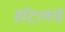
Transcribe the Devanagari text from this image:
हॉटलचे